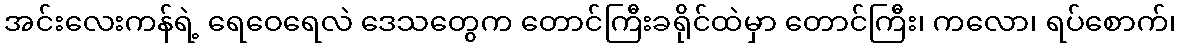
အင်းလေးကန်ရဲ့ ရေဝေရေလဲ ဒေသတွေက တောင်ကြီးခရိုင်ထဲမှာ တောင်ကြီး၊ ကလော၊ ရပ်စောက်၊